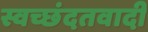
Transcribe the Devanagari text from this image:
स्वच्छंदतवादी